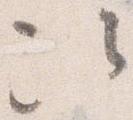
次